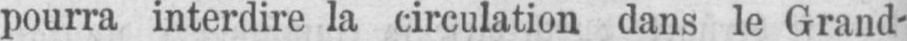
pourra interdire la circulation dans le Grand-